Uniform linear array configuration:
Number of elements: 24
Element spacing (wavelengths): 0.75
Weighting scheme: exponential
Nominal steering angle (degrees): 15
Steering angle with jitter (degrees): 15.589
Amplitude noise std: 0.05
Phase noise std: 0.05

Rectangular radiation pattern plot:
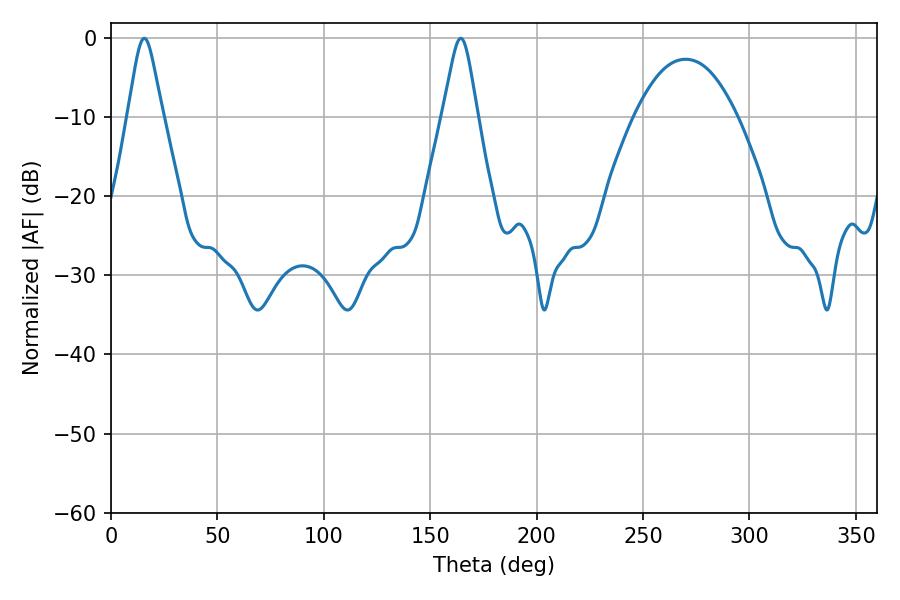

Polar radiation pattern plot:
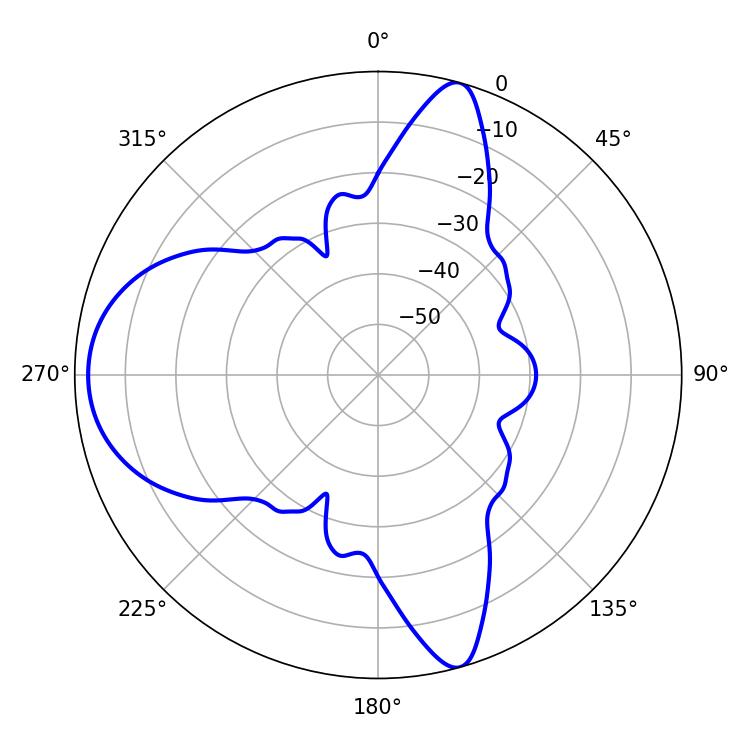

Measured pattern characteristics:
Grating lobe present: TRUE
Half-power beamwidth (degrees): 7.74
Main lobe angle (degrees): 15.66